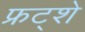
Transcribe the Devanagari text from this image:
फ्रट्शे